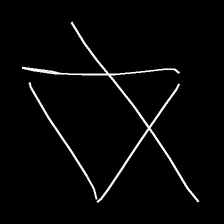
Glyph: empower